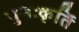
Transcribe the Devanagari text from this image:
पुनःकृर्ति